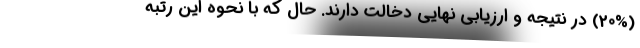
(20%) در نتیجه و ارزیابی نهایی دخالت دارند. حال که با نحوه این رتبه